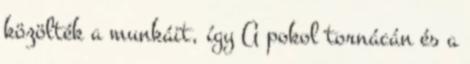
közölték a munkáit, így A pokol tornácán és a